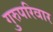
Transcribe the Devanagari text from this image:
गुरुपरिवार